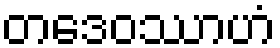
တဒေဝဿာဟံ